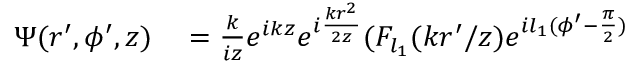
\begin{array} { r l } { \Psi ( r ^ { \prime } , \phi ^ { \prime } , z ) } & { { } = \frac { k } { i z } e ^ { i k z } e ^ { i \frac { k r ^ { 2 } } { 2 z } } ( F _ { l _ { 1 } } ( { k r ^ { \prime } } / { z } ) e ^ { i l _ { 1 } ( \phi ^ { \prime } - \frac { \pi } { 2 } ) } } \end{array}